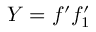
Y = f ^ { \prime } f _ { 1 } ^ { \prime }